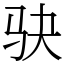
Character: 𫘝